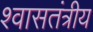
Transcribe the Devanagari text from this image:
श्वासतंत्रीय